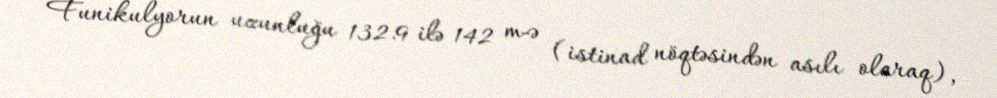
Funikulyorun uzunluğu 132.9 ilə 142 m-ə (istinad nöqtəsindən asılı olaraq),